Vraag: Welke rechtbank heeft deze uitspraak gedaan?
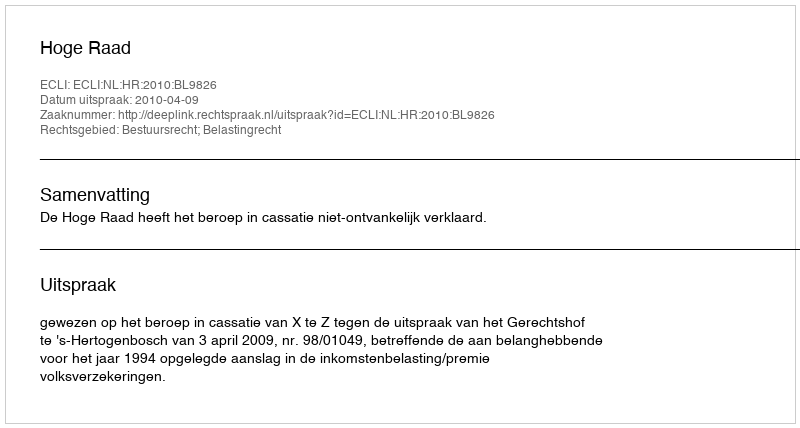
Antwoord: Hoge Raad